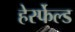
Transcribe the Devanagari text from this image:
हेर्स्फेल्ड